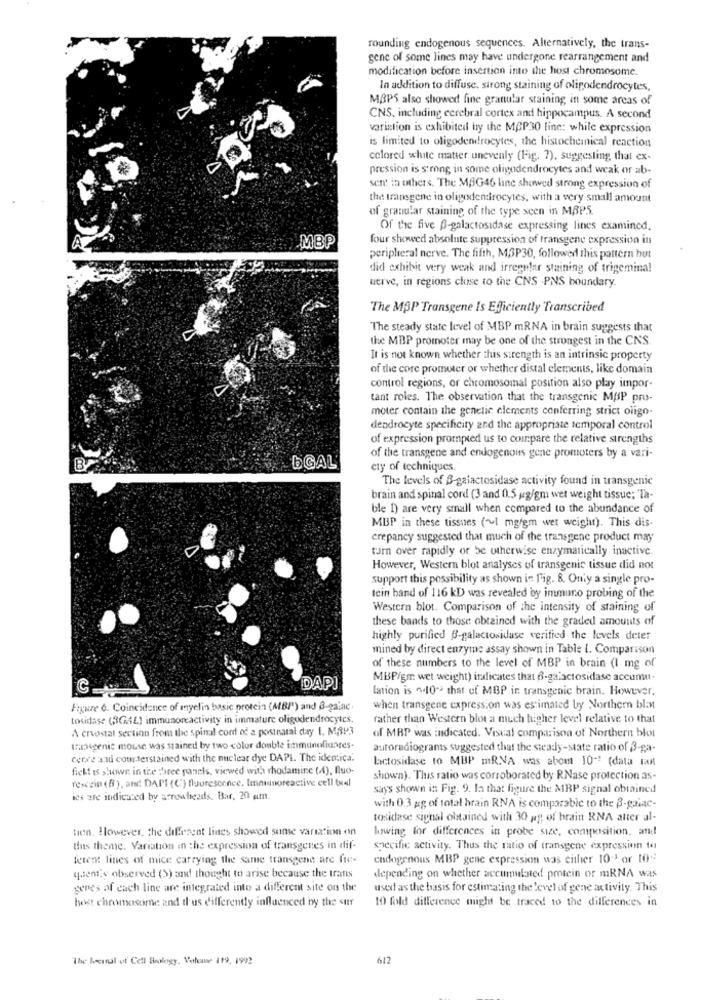
rounding endogenous sequences. Alternatively, the trans-
gene of some lines may have undergone rearrangement and
modification before insertion into the host chromosome.
In addition to diffuse. strong staining of oligodendrocytes,
MBPS also showed fine granular staining in some areas of
CNS, including cerebral cortex and hippocampus. A second
variation is exhibited by the MCP30 line: while expression
is limited to oligodendrocytes, the histochemical reaction
colored white matter unevenly (Fig. 7), suggesting that ex-
pression is strong in some oligodendrocytes and weak or ab-
sent in others. The MAG46 line showed strong expression of
the transgene in oligodendrocytes, with a very small amount
of granular staining of the type seen in MAPS
Of the five B-galactosidase expressing lines examined,
MBP
four showed absolute suppression of transgene expression in
peripheral nerve. The fifth, M3P30, followed this pattern but
did exhibit very weak and irregular staining of trigeminal
werve, in regions close to the CNS .PNS boundary.
The MBP Transgene Is Efficiently Transcribed
The steady state level of MBP mRNA in brain suggests that
the MBP promoter may be one of the strongest in the CNS.
It is not known whether this strength is an intrinsic property
of the core promoter or whether distal elements, like domain
control regions, or chromosomal position also play impor-
tant roles. The observation that the transgenic MBP pro-
moter contain the genetic elements conferring strict oligo.
dendrocyte specificity and the appropriate temporal control
of expression prompted us to compare the relative strengths
EGAL
of the transgene and endogenous gene promoters by a vari-
cty of techniques
The levels of 3-galactosidase activity found in transgenic
brain and spinal cord (3 and 0.5 g/gm wet weight tissue; Ta-
ble 1) are very small when compared to the abundance of
MBP in these tissues (~1 mg/gm wet weight). This dis-
crepancy suggested that much of the transgene product may
turn over rapidly or be otherwise enzymatically inactive.
However, Western blot analyses of transgenic tissue did not
support this possibility as shown in Fig. 8. Only a single pro-
tein band of 116 kD was revealed by immuno probing of the
Western blot. Comparison of the intensity of staining of
these bands to those obtained with the graded amounts of
highly purified @-galactosidase verified the levels deter
mined by direct enzyme assay shown in Table I. Comparison
of these numbers to the level of MBP in brain (I mg of
MBP/gm wet weight) indicates that f-galactosidase accumu.
DAPI
(ation is ~10- that of MBP in transgenic brain. However,
Figure 6. Coincidence of myelin basic protein (MBP) and B-galac.
when transgene expression was estimated by Northern blant
tosidase (3G/L) immunoreactivity in immature oligodendrocytes.
rather than Western blot a much higher level relative to that
A crvostal section from the spinal cord of a postnatal day 1. MRP3
of MRP was indicated. Visual comparison of Northern blot
transgenic mouse was stained by two color double immunofiunges-
autoradiograms suggested that the steady-state ratio of 3-ga-
Cerxe and cotterstained with the nuclear dye DAPI. The identica.
Lictosidase to MBP mR.VA was about 10-2 (data FAX
fickt is shown in the three panels, viewed with rhodamine (4), fluo-
resczin (8), and DAPI (C) fluorescence, Immunoreactive cell tual
shown). Thus ratio was corroborated by RNase protection as-
says shown in Fig. 9. In that figure the MBP signal obtained
ies are indicated by arrowheads. Bar, 20 pm.
with 0.3 gg of total brain RNA is comparable to the B-galac-
tosidase signal obtained with 30 gg of brain RNA atter al-
Hen. However, the different lines showed sume variation on
lowing for differences in probe size, composition, and
tus theme. Variation in the expression of transgenes in dif-
specific activity. Thus the ratio of transgene expression to
ferent lines of mice carrying the same transgene are fre-
endogenous MBP gene expression was either 10 or 109
quent's observed (S) and thought to arise because the tranis
depending on whether accumulated protein or mRNA was
genes of each line are integrated into a different site on the
used as the basis for estimating the level of gene activity. This
10 fold difference might be traced to the differences in
host chromosome and il'us differently influenced by the ster
The heindl of Cell Biology. Volome 119, 1992
612